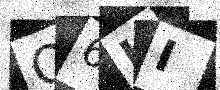
Text: Q6KI